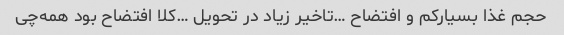
حجم غذا بسیار‌کم و افتضاح …تاخیر زیاد در تحویل …کلا افتضاح بود همه‌چی